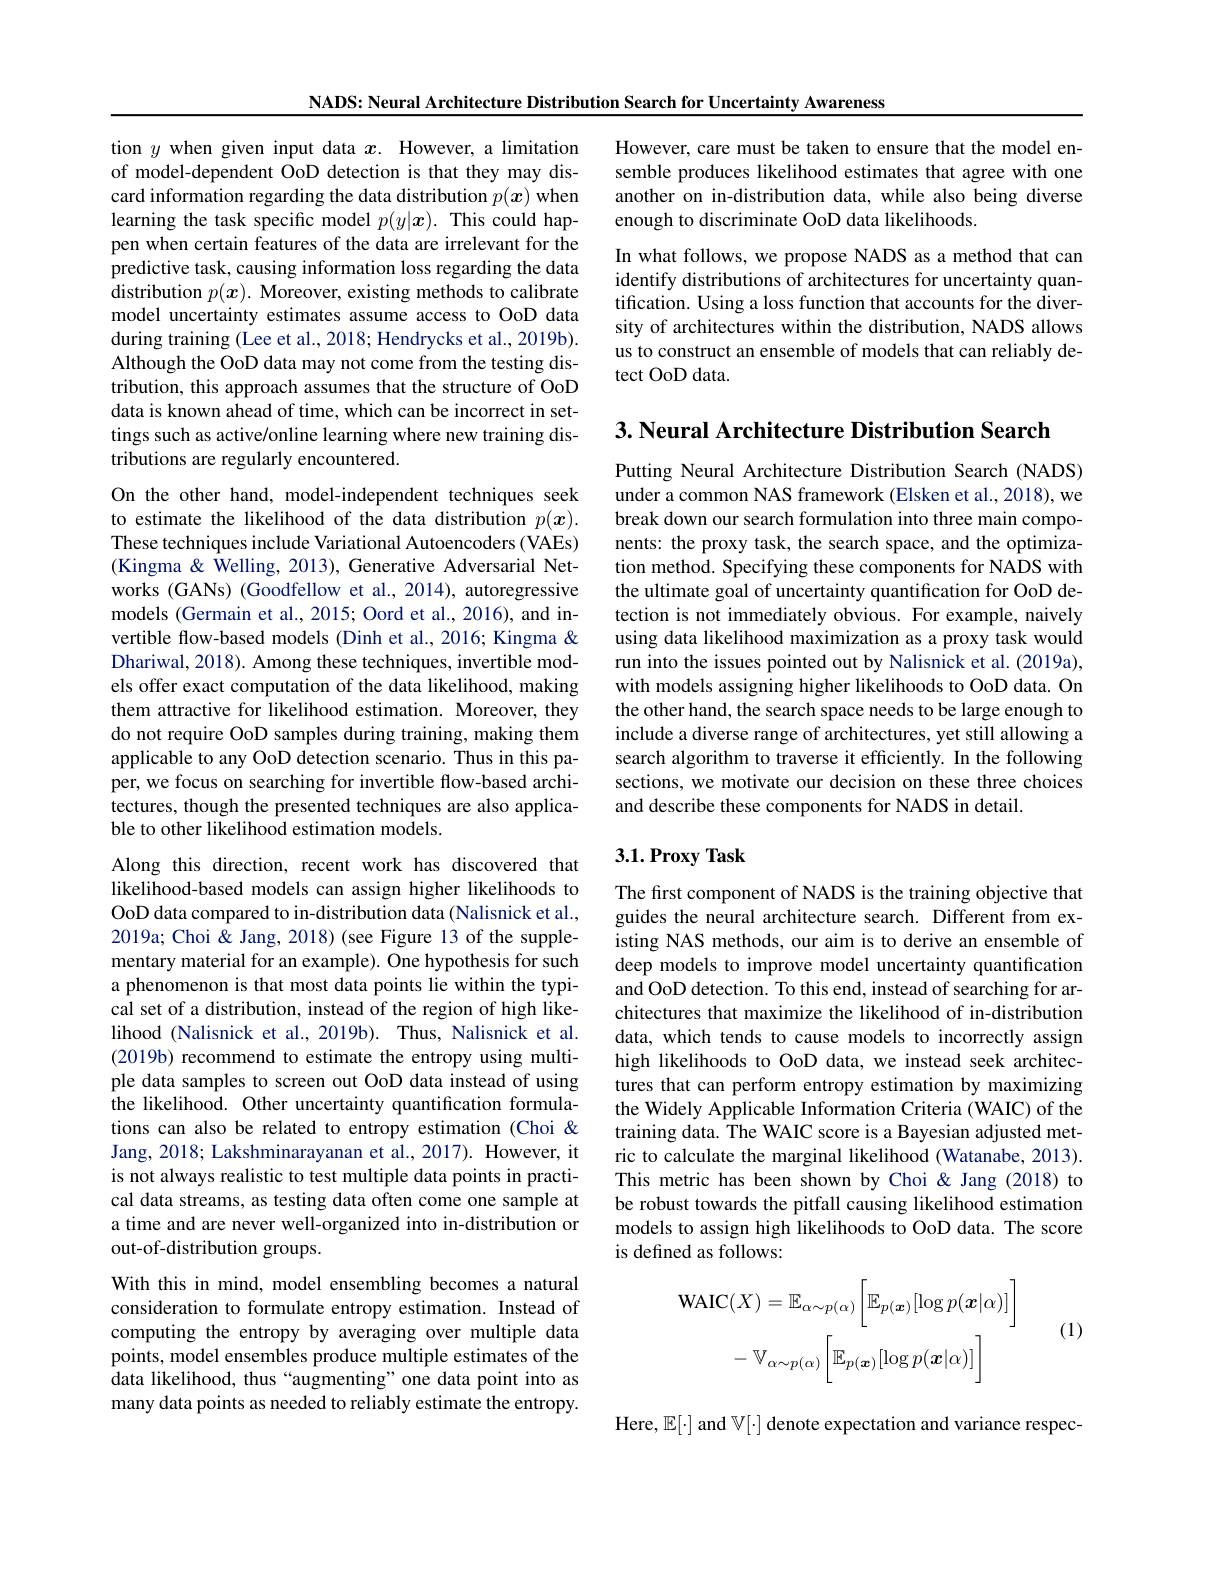
NADS: Neural Architecture Distribution Search for Uncertainty Awareness

tion $y$ when given input data $x.$ However, a limitation of model-dependent OoD detection is that they may discard information regarding the data distribution $p(\boldsymbol{x})$ when learning the task specific model $p(y|\boldsymbol{x}).$ This could happen when certain features of the data are irrelevant for the predictive task, causing information loss regarding the data distribution $p(x).$ Moreover, existing methods to calibrate model uncertainty estimates assume access to OoD data during training (Lee et al., 2018; Hendrycks et al., 2019b). Although the OoD data may not come from the testing distribution, this approach assumes that the structure of OoD data is known ahead of time, which can be incorrect in settings such as active/online learning where new training distributions are regularly encountered.

On the other hand, model-independent techniques seek to estimate the likelihood of the data distribution $p(\boldsymbol{x}).$ These techniques include Variational Autoencoders (VAEs) (Kingma & Welling, 2013), Generative Adversarial Networks (GANs) (Goodfellow et al., 2014), autoregressive models (Germain et al., 2015; Oord et al., 2016), and invertible flow-based models (Dinh et al., 2016; Kingma & Dhariwal, 2018). Among these techniques, invertible models offer exact computation of the data likelihood, making them attractive for likelihood estimation. Moreover, they do not require OoD samples during training, making them applicable to any OoD detection scenario. Thus in this paper, we focus on searching for invertible flow-based architectures, though the presented techniques are also applicable to other likelihood estimation models.
Along this direction, recent work has discovered that likelihood-based models can assign higher likelihoods to OoD data compared to in-distribution data (Nalisnick et al., 2019a; Choi & Jang, 2018) (see Figure 13 of the supplementary material for an example). One hypothesis for such a phenomenon is that most data points lie within the typical set of a distribution, instead of the region of high likelihood (Nalisnick et al., 2019b). Thus, Nalisnick et al. (2019b) recommend to estimate the entropy using multi-

ple data samples to screen out OoD data instead of using

the likelihood. Other uncertainty quantification formula-

tions can also be related to entropy estimation (Choi &

Jang, 2018; Lakshminarayanan et al., 2017). However, it

is not always realistic to test multiple data points in practi-

cal data streams, as testing data often come one sample at

a time and are never well-organized into in-distribution or

out-of-distribution groups.

With this in mind, model ensembling becomes a natural consideration to formulate entropy estimation. Instead of computing the entropy by averaging over multiple data points, model ensembles produce multiple estimates of the data likelihood, thus “augmenting”one data point into as many data points as needed to reliably estimate the entropy.

However, care must be taken to ensure that the model ensemble produces likelihood estimates that agree with one another on in-distribution data, while also being diverse enough to discriminate OoD data likelihoods.

In what follows, we propose NADS as a method that can identify distributions of architectures for uncertainty quantification. Using a loss function that accounts for the diversity of architectures within the distribution, NADS allows us to construct an ensemble of models that can reliably detect OoD data.

$3. \textbf{ Neural Architecture Distribution Search}$

Putting Neural Architecture Distribution Search (NADS) under a common NAS framework (Elsken et al., 2018), we break down our search formulation into three main components: the proxy task, the search space, and the optimization method. Specifying these components for NADS with the ultimate goal of uncertainty quantification for OoD detection is not immediately obvious. For example, naively using data likelihood maximization as a proxy task would run into the issues pointed out by Nalisnick et al. (2019a), with models assigning higher likelihoods to OoD data. On the other hand, the search space needs to be large enough to include a diverse range of architectures, yet still allowing a search algorithm to traverse it efficiently. In the following sections, we motivate our decision on these three choices and describe these components for NADS in detail.

## 3.1.Proxy Task

The first component of NADS is the training objective that guides the neural architecture search. Different from existing NAS methods, our aim is to derive an ensemble of deep models to improve model uncertainty quantification and OoD detection. To this end, instead of searching for architectures that maximize the likelihood of in-distribution data, which tends to cause models to incorrectly assign high likelihoods to OoD data, we instead seek architectures that can perform entropy estimation by maximizing the Widely Applicable Information Criteria (WAIC) of the training data. The WAIC score is a Bayesian adjusted metric to calculate the marginal likelihood (Watanabe, 2013). This metric has been shown by Choi & Jang (2018) to be robust towards the pitfall causing likelihood estimation models to assign high likelihoods to OoD data. The score is defined as follows:

(1)
$$\mathrm{WAIC}(X)=\mathbb{E}_{\alpha\sim p(\alpha)}\left[\mathbb{E}_{p(\boldsymbol{x})}[\log p(\boldsymbol{x}|\alpha)]\right]\\-\:\mathbb{V}_{\alpha\sim p(\alpha)}\left[\mathbb{E}_{p(\boldsymbol{x})}[\log p(\boldsymbol{x}|\alpha)]\right]$$
Here, $\mathbb{E}[\cdot]$ and $\mathbb{V}[\cdot]$ denote expectation and variance respec-